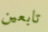
تابعين